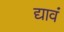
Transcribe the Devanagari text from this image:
द्यावं